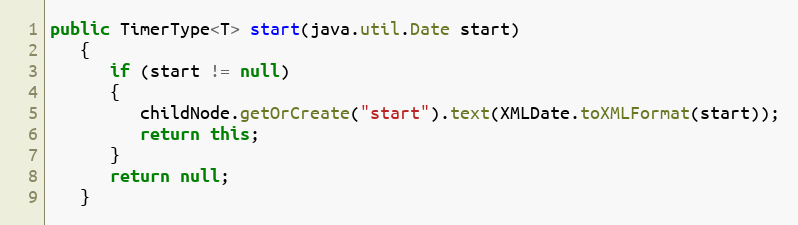
Language: Java
public TimerType<T> start(java.util.Date start)
   {
      if (start != null)
      {
         childNode.getOrCreate("start").text(XMLDate.toXMLFormat(start));
         return this;
      }
      return null;
   }